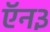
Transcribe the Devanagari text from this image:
ऍन३